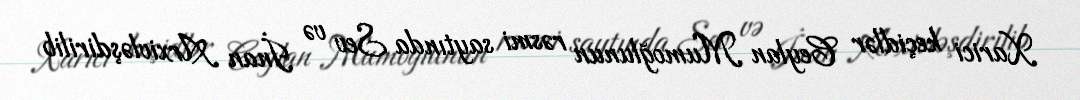
Xarici keçidlər Ceylan Mumoğlunun rəsmi saytında Sev və İnan Arxivləşdirilib